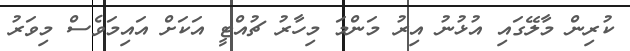
ކުރިން މާލޭގައި އުޅުނު އިރު މަންމަ މިހާރު ޗުއްޓީ އަކަށް އައިމަވެސް މިވަރު